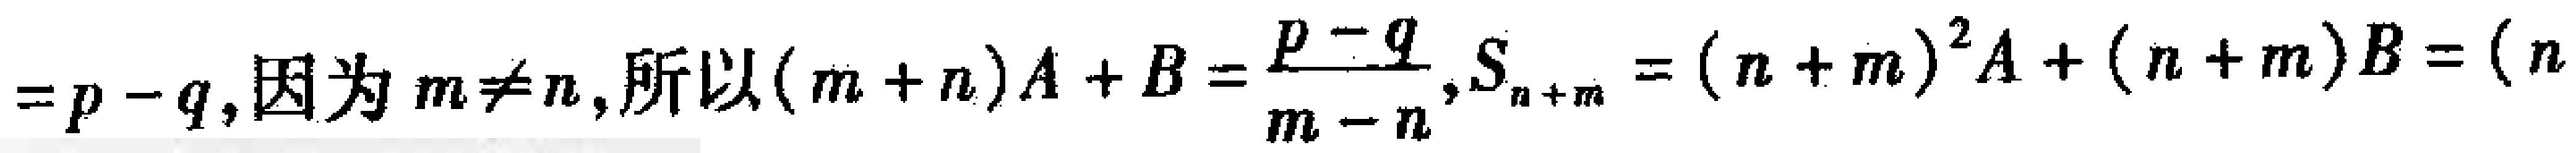
$=p - q,因为m\neq n,所以(m + n)A + B=\frac{p - q}{m - n},S_{n + m}=(n + m)^{2}A+(n + m)B=(n$